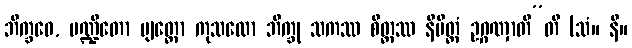
ဘိက္ခဝေ, ပဏ္ဍိတော ဗျတ္တော ကုသလော ဘိက္ခု သကဿ စိတ္တဿ နိမိတ္တံ ဥဂ္ဂဏှာတီ”တိ (သံ။ နိ။